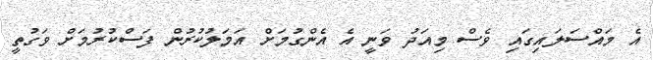
އެ މައްސަލައިގައި ވެސް މިއަދު ވަނީ އެ އެންގުމަށް އަމަލުކުރުން ފަސްކުރުމަށް ވަގުތީ